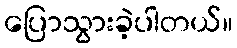
ပြောသွားခဲ့ပါတယ်။